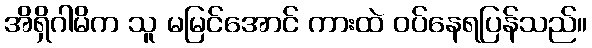
အိရှိဂါမိက သူ မမြင်အောင် ကားထဲ ဝပ်နေရပြန်သည်။